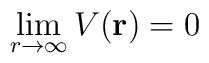
\lim_{r \rightarrow \infty}V({\bf r}) = 0\;